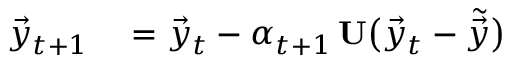
\begin{array} { r l } { \vec { y } _ { t + 1 } } & { { } = \vec { y } _ { t } - \alpha _ { t + 1 } \, \mathbf { U } \big ( \vec { y } _ { t } - \tilde { \vec { y } } \big ) } \end{array}